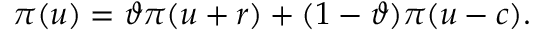
\pi ( u ) = \vartheta \pi ( u + r ) + ( 1 - \vartheta ) \pi ( u - c ) .